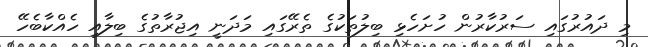
މި ދައުރުގައި ސަރުކާރުން ހުށަހެޅި ބިލުތަކުގެ ތެރޭގައި މަދަނީ އިޖުރާތުގެ ބިލާއި ހެއްކާބެހޭ